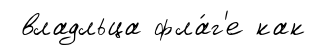
владльца фла́г'е как